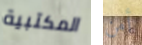
المكتبية أمن